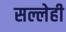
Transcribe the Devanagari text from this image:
सल्लेही